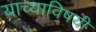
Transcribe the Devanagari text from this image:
याच्याविषयी